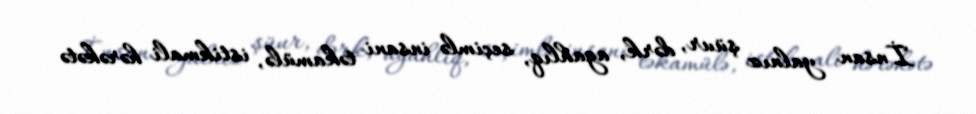
İnsan yalnız şüur, dərk, agahlıq, seçimlə insani təkamülə, istikmali hərəkətə